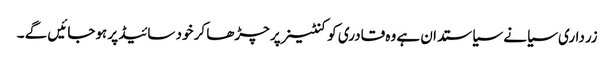
زرداری سیانے سیاستدان ہے وہ قادری کو کنٹینر پر چڑھا کر خود سائیڈ پر ہوجائیں گے ۔